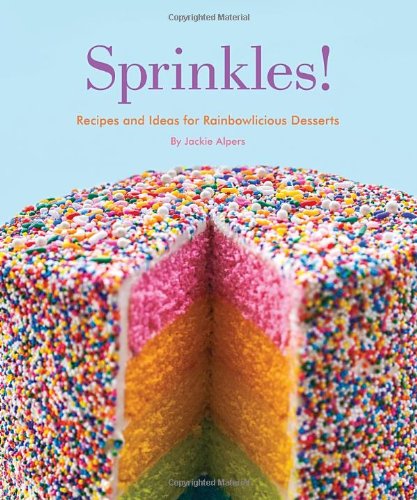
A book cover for Sprinkles!: Recipes and Ideas for Rainbowlicious Desserts; Jackie Alpers; Cookbooks, Food & Wine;